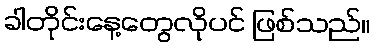
ခါတိုင်းနေ့တွေလိုပင် ဖြစ်သည်။